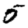
Digit: 5